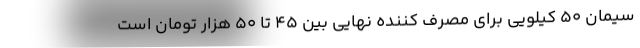
سیمان ۵۰ کیلویی برای مصرف کننده نهایی بین ۴۵ تا ۵۰ هزار تومان است